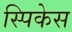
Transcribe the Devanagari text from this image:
स्पिकेस